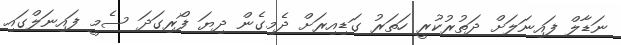
ނަޑާލް ފައިނަލަށް ދަތުރުކުރީ ހަތަރު ގަޑިއިރަށް ދެމިގެން ދިޔަ ފޯރިގަދަ ސެމީ ފައިނަލްގައި